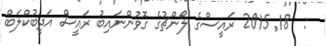
:  18